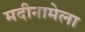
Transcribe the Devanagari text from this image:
मदीनामेला